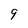
Character: 9